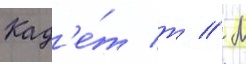
Кад'е́т т // М